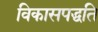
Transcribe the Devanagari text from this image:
विकासपद्धति